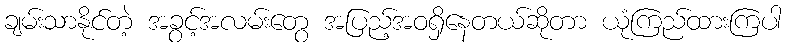
ချမ်းသာနိုင်တဲ့ အခွင့်အလမ်းတွေ အပြည့်အဝရှိနေတယ်ဆိုတာ ယုံကြည်ထားကြပါ